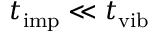
t _ { \mathrm { i m p } } \ll t _ { \mathrm { v i b } }